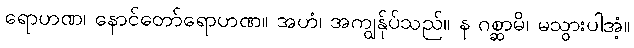
ရောဟဏ၊ နောင်တော်ရောဟဏ။ အဟံ၊ အကျွန်ုပ်သည်။ န ဂစ္ဆာမိ၊ မသွားပါအံ့။